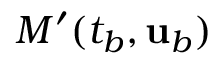
M ^ { \prime } ( t _ { b } , { \mathbf { u } } _ { b } )